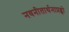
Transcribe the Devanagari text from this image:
नवनीतार्थनाप्रह्वो